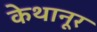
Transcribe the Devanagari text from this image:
केथानूर